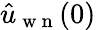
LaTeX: \hat{u}_{\mathrm{~w~n~}}(0)